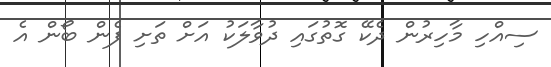
ސިއްހި މާހިރުން ދެކޭ ގޮތުގައި ދުވާލަކު އަށް ތަށި ފެން ބޯން އެ